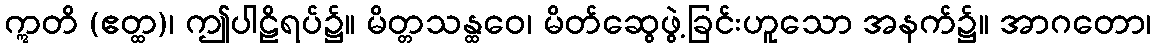
ဣတိ (ဧတ္ထ)၊ ဤပါဠိရပ်၌။ မိတ္တသန္ထဝေ၊ မိတ်ဆွေဖွဲ့ခြင်းဟူသော အနက်၌။ အာဂတော၊